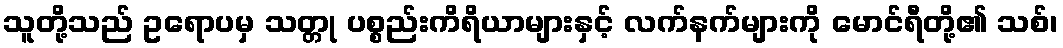
သူတို့သည် ဥရောပမှ သတ္တု ပစ္စည်းကိရိယာများနှင့် လက်နက်များကို မောင်ရီတို့၏ သစ်၊